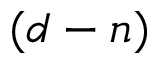
( d - n )